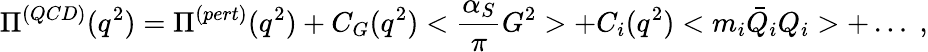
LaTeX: \Pi^{(QCD)}(q^{2})=\Pi^{(pert)}(q^{2})+C_{G}(q^{2})<\frac{\alpha_{S}}{\pi}G^{2}>+C_{i}(q^{2})<m_{i}\bar{Q}_{i}Q_{i}>+\dots\; ,